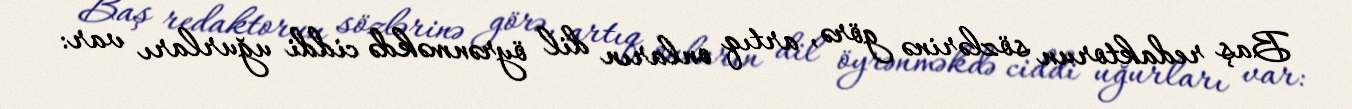
Baş redaktorun sözlərinə görə, artıq onların dil öyrənməkdə ciddi uğurları var: